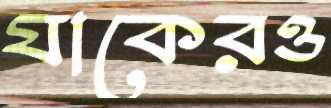
যাকেরও